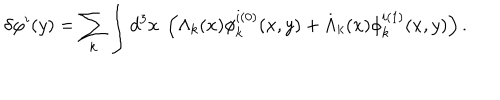
LaTeX: \delta \varphi ^ { i } ( y ) = \sum _ { k } \int d ^ { 3 } x \ \left( \Lambda _ { k } ( x ) \phi _ { k } ^ { i ( 0 ) } ( x , y ) + \dot { \Lambda } _ { k } ( x ) \phi _ { k } ^ { i ( 1 ) } ( x , y ) \right) .